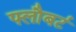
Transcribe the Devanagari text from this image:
फ्लौबर्ट